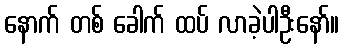
နောက် တစ် ခေါက် ထပ် လာခဲ့ပါဦးနော်။